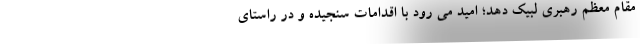
مقام معظم رهبری لبیک دهد؛ امید می رود با اقدامات سنجیده و در راستای